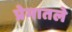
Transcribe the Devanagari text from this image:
प्रेमातले